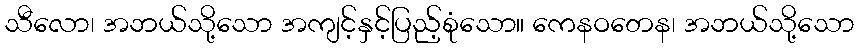
သီလော၊ အဘယ်သို့သော အကျင့်နှင့်ပြည့်စုံသော။ ကေနဝတေန၊ အဘယ်သို့သော